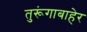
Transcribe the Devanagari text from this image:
तुरूंगाबाहेर